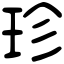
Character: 珍